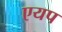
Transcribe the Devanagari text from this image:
एयप